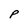
Character: P